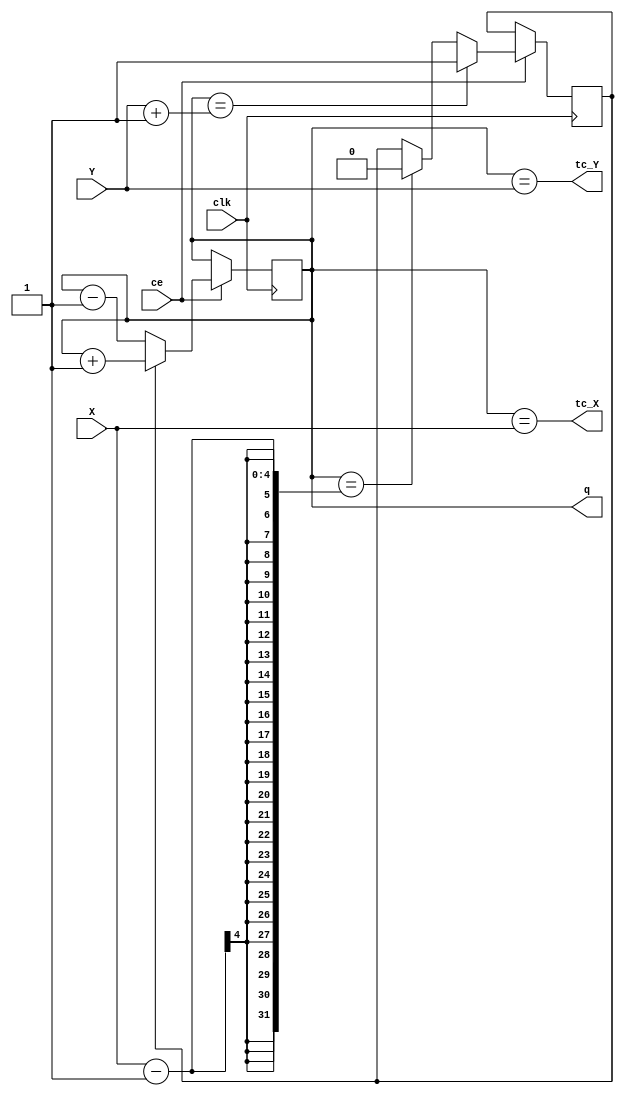
`ifndef m
	`define m 4
`endif

module AGSAW_YX(input ce,
								input [`m-1:0] Y, output wire tc_Y,
								input [`m-1:0] X, output wire tc_X,
								input clk,				output reg [`m-1:0] q=0);

	assign tc_X = (q==X) ;
	assign tc_Y = (q==Y) ;
	reg UP = 1;
	always @ (posedge clk) if (ce) begin
		q <= UP? q+1 : q-1 ;
		UP <= (q==Y+1)? 1 : (q==X-1)? 0 : UP ;
	end

endmodule